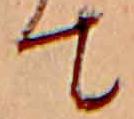
て